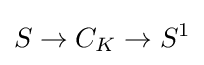
S\to C_{K}\to S^{1}